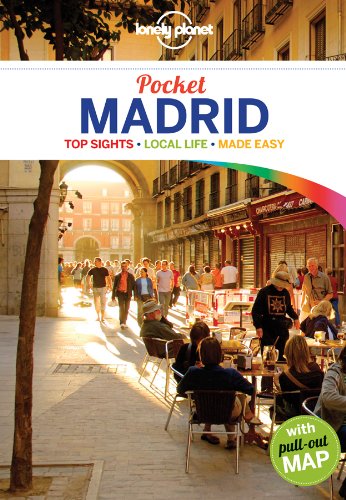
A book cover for Lonely Planet Pocket Madrid (Travel Guide); Lonely Planet; Travel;